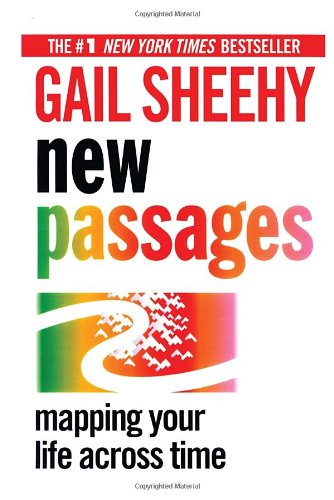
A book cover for New Passages; Gail Sheehy; Medical Books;